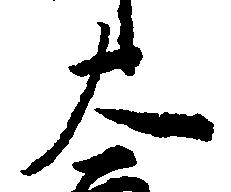
大